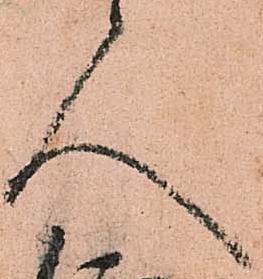
人